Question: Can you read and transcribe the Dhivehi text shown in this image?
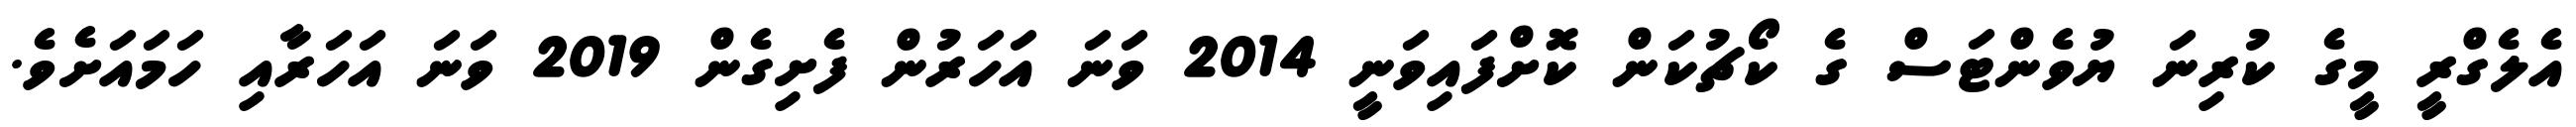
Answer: އެލެގްރީ މީގެ ކުރިނަ ޔުވެންޓަސް ގެ ކޯޗުކަން ކޮށްފައިވަނީ 2014 ވަނަ އަހަރުން ފެށިގެން 2019 ވަނަ އަހަރާއި ހަމައަށެވެ.